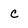
Character: c